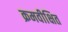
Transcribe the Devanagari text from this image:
क्रमवीक्षित